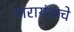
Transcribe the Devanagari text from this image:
तारायंत्राचे